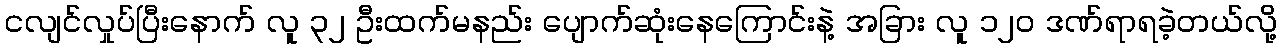
ငလျင်လှုပ်ပြီးနောက် လူ ၃၂ ဦးထက်မနည်း ပျောက်ဆုံးနေကြောင်းနဲ့ အခြား လူ ၁၂၀ ဒဏ်ရာရခဲ့တယ်လို့